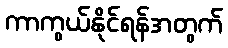
ကာကွယ်နိုင်ရန်အတွက်